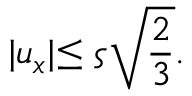
\lvert u _ { x } \lvert \leq \varsigma \sqrt { \frac { 2 } { 3 } } .